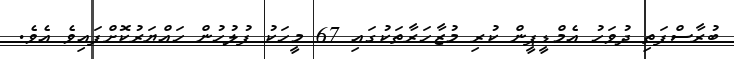
ބުރާސްފަތި ދުވަހު އެމްޑީޕީން ކުރި މުޒާހަރާތަކުގައި 67 މީހަކު ފުލުހުން ހައްޔަރުކޮށްފައިވެ އެވެ.